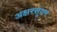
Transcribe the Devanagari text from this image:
अक्षरसूदन